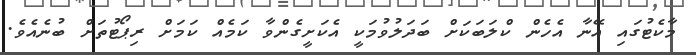
މާކެޓުގައި އޭނާ އެހެން ކްލަބަކަށް ބަދަލުވުމަކީ އެކަށީގެންވާ ކަމެއް ކަމަށް ރިޕޯޓުތަށް ބުނެއެވެ.